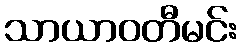
သာယာဝတီမင်း